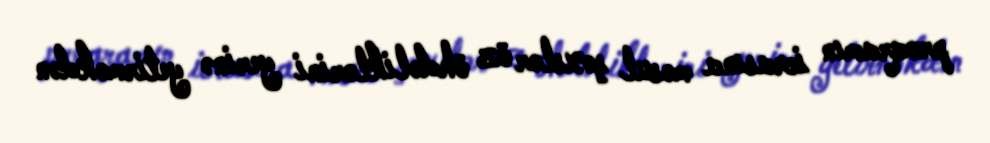
proqramın icrasına məsul şəxslər öz öhdəliklərini yerinə yetirməkdən